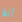
أنها